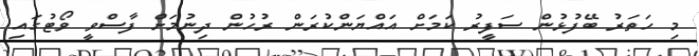
މި ހަތަރު ބޭފުޅުން ސަފީރު ކަމަށް އައްޔަންކުރަން ރުހުން ދިނުމަށް ފާސްވީ ވޯޓުގައި